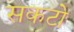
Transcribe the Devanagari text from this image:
सकटो